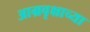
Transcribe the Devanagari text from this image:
आम्रवृक्षाच्या